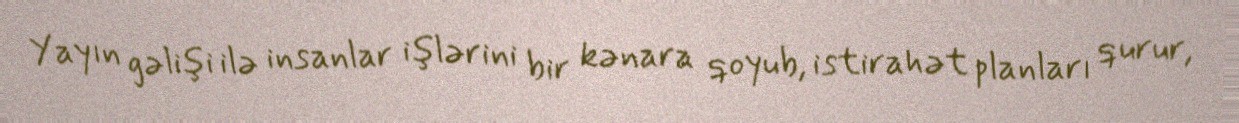
Yayın gəlişi ilə insanlar işlərini bir kənara qoyub, istirahət planları qurur,